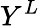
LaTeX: Y^{L}